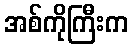
အစ်ကိုကြီးက